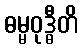
ဓမ္မဝုဒ္ဓီတိ